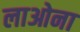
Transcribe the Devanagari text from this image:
लाओना